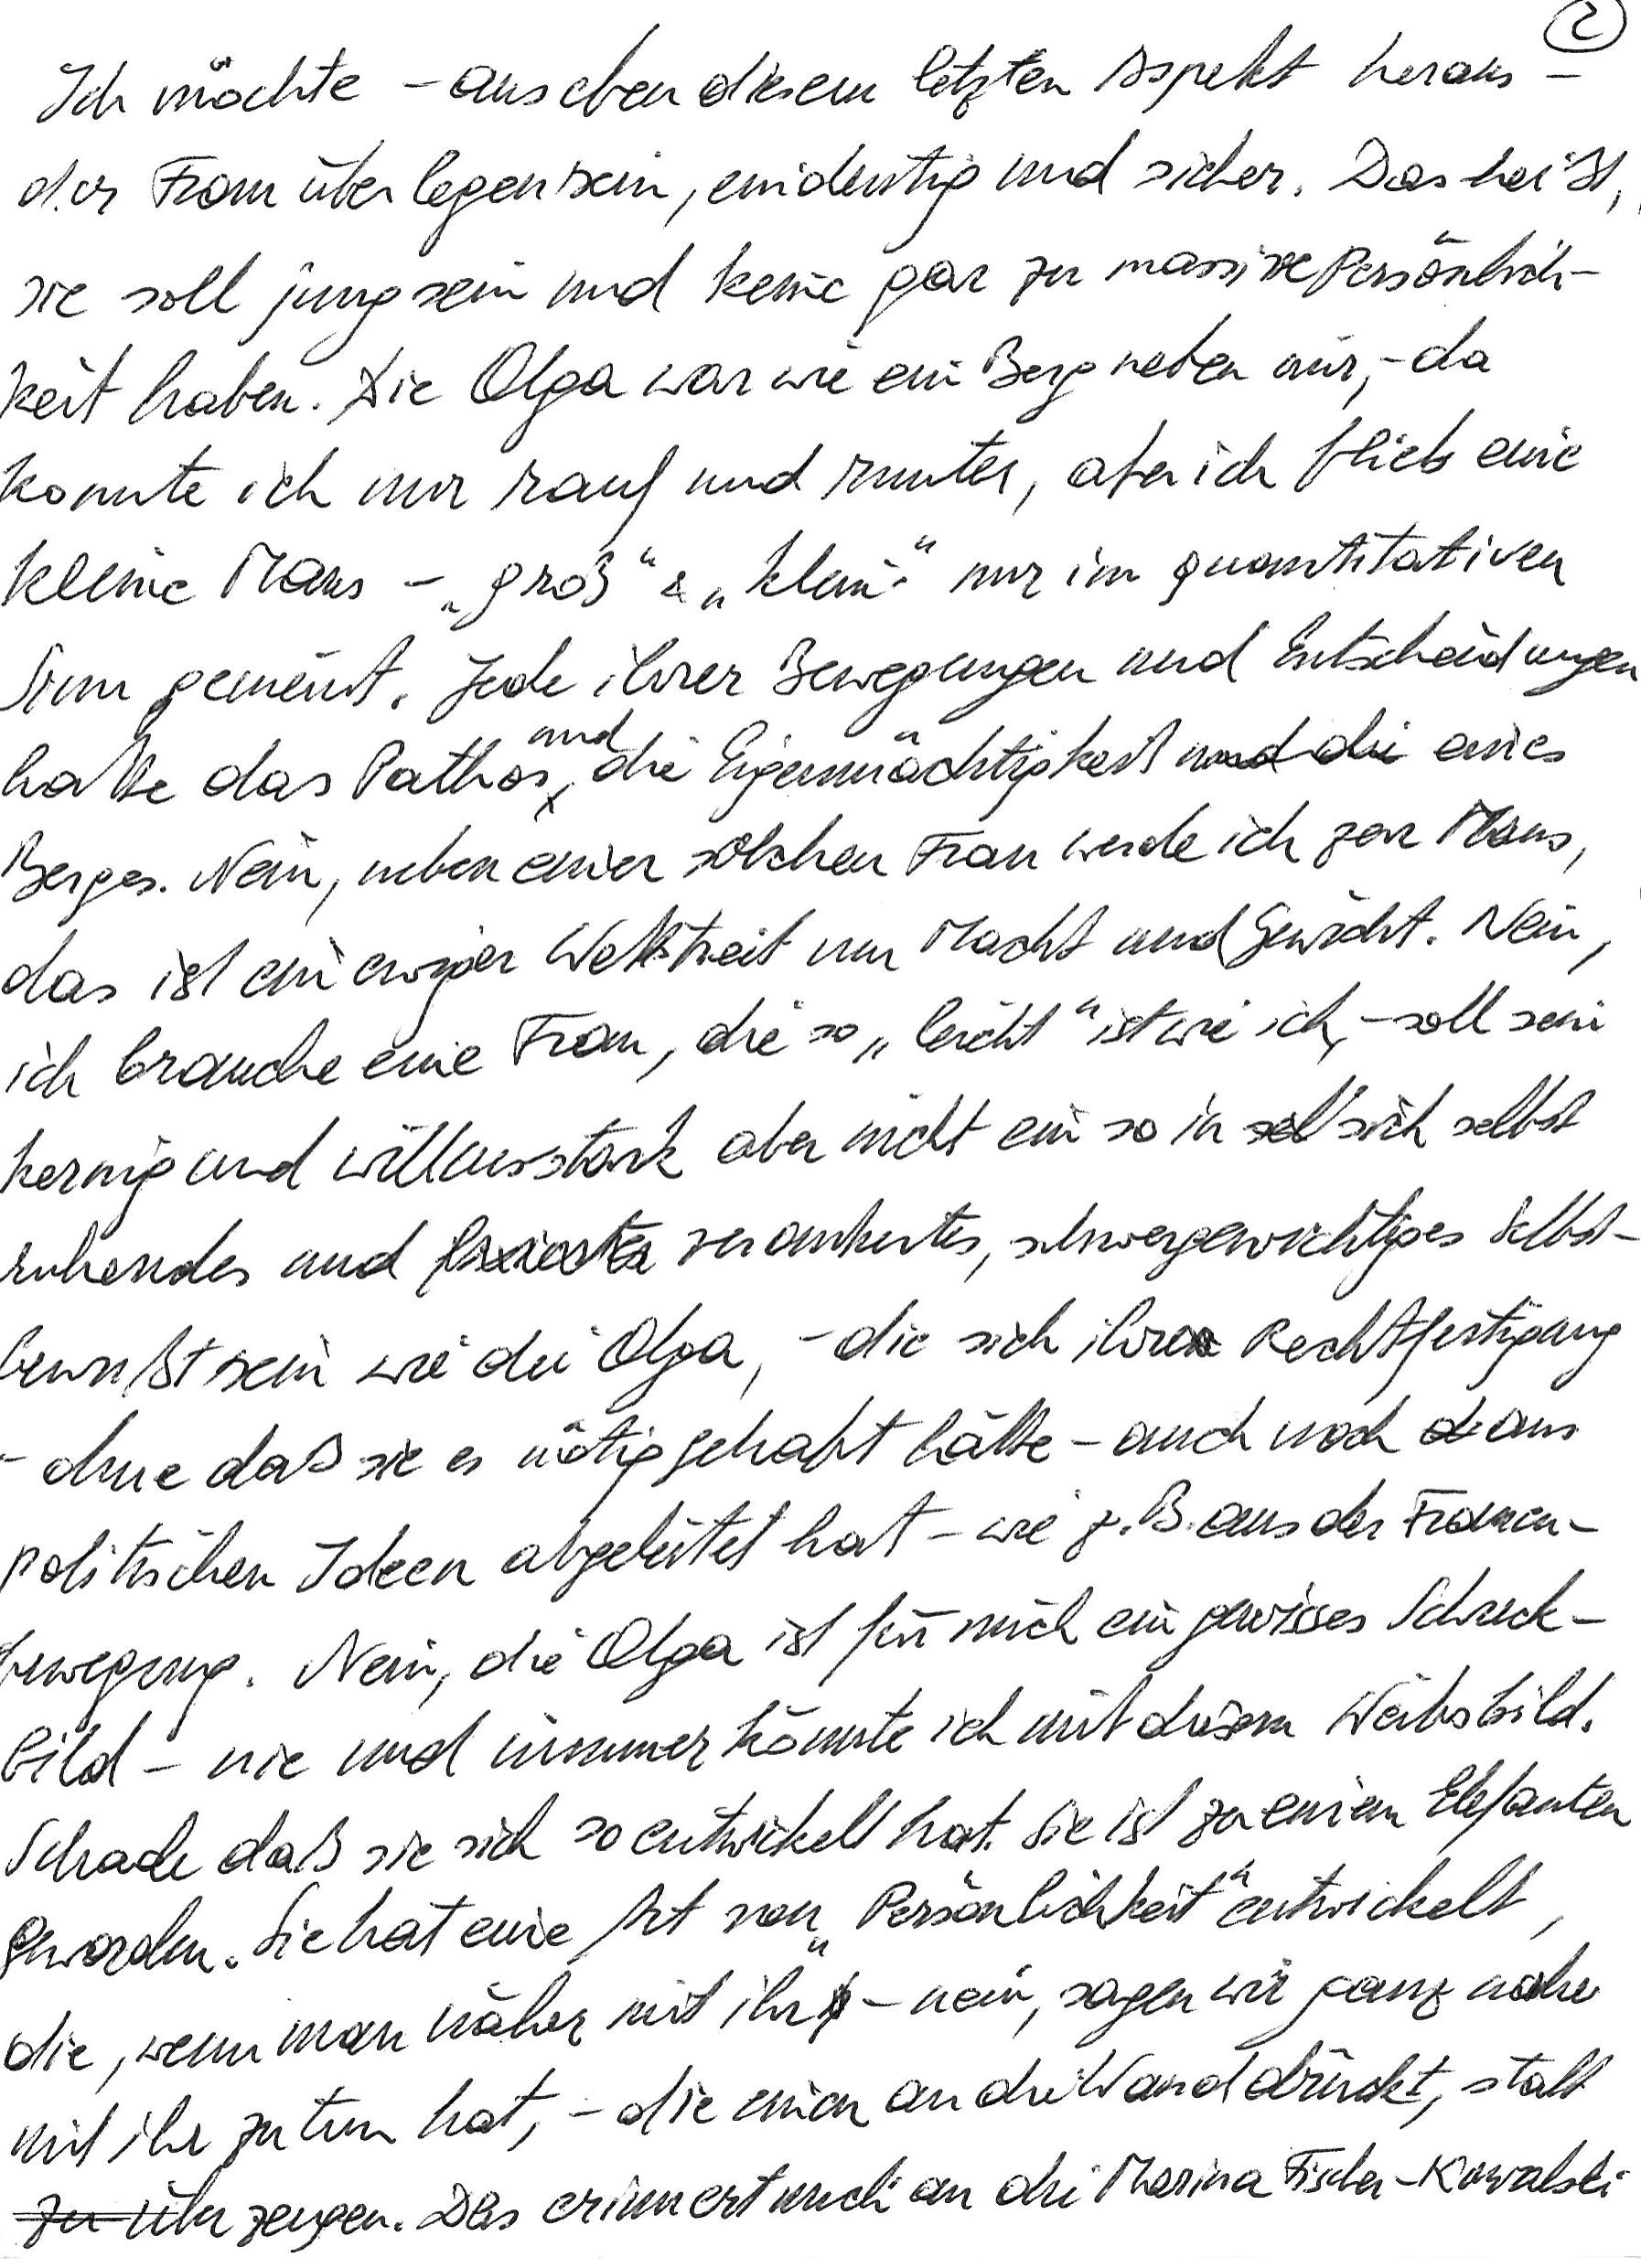
Ich möchte – aus eben diesem letzten Aspekt heraus –
der Frau überlegen sein, eindeutig und sicher. Das heißt,
sie soll jung sein und keine gar zu massive Persönlich-
keit haben. Die Olga war wie ein Berg neben mir, – da
konnte ich nur rauf und runter, aber ich blieb eine
kleine Maus – „groß“ & „klein“ nur im quantitativen
Sinn gemeint. Jede ihrer Bewegungen und Entscheidungen
hatte das Pathos und die Eigenmächtigkeit eines
Berges. Nein, neben einer solchen Frau werde ich zur Maus,
das ist ein ewiger Wettstreit um Macht und Gewicht. Nein,
ich brauche eine Frau, die so „leicht“ ist wie ich, – soll sein
kernig und willensstark aber nicht ein so in sich selbst
ruhendes und verankertes, schwergewichtiges Selbst-
bewußtsein wie die Olga, – die sich ihre Rechtfertigung
– ohne daß sie es nötig gehabt hätte – auch noch aus
politischen Ideen abgeleitet hat – wie z. B. aus der Frauen-
bewegung. Nein, die Olga ist für mich ein gewisses Schreck-
bild – nie und nimmer könnte ich mit diesem Weibsbild.
Schade daß sie sich so entwickelt hat. Sie ist zu einem Elefanten
geworden. Sie hat eine Art von „Persönlichkeit“ entwickelt,
die, wenn man näher mit ihr – nein, sagen wir ganz nahe
mit ihr zu tun hat, – die einen an die Wand drückt, statt
zu überzeugen. Das erinnert mich an die Marina Fischer-Kowalski